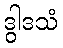
ဒွါဒသံ